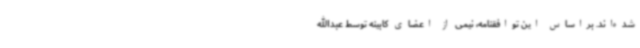
شده‌اند. براساس این توافقنامه، نیمی از اعضای کابینه توسط عبدالله